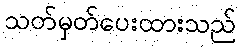
သတ်မှတ်ပေးထားသည်